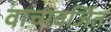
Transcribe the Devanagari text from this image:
वाच्यवर्जित